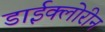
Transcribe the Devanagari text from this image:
डाईक्लोरीन